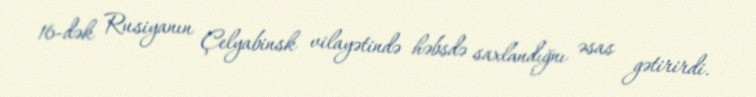
16-dək Rusiyanın Çelyabinsk vilayətində həbsdə saxlandığnı əsas gətirirdi.